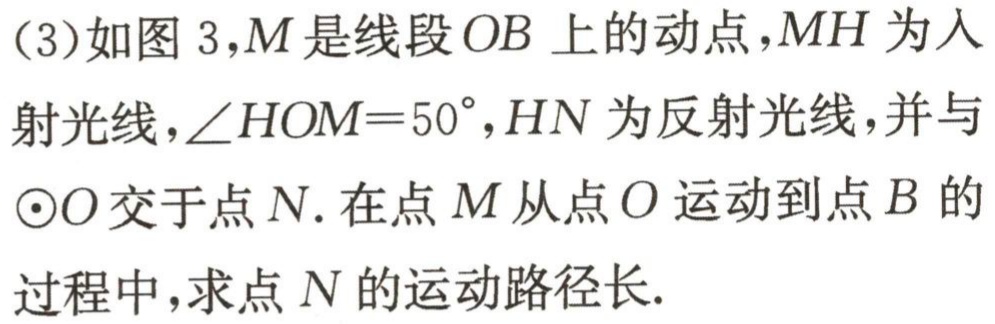
(3)如图 3,$M$是线段$OB$上的动点,$MH$为入射光线,$\angle HOM = 50^{\circ}$,$HN$为反射光线,并与$\odot O$交于点$N$. 在点$M$从点$O$运动到点$B$的过程中,求点$N$的运动路径长.